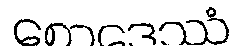
စောဒေဿံ